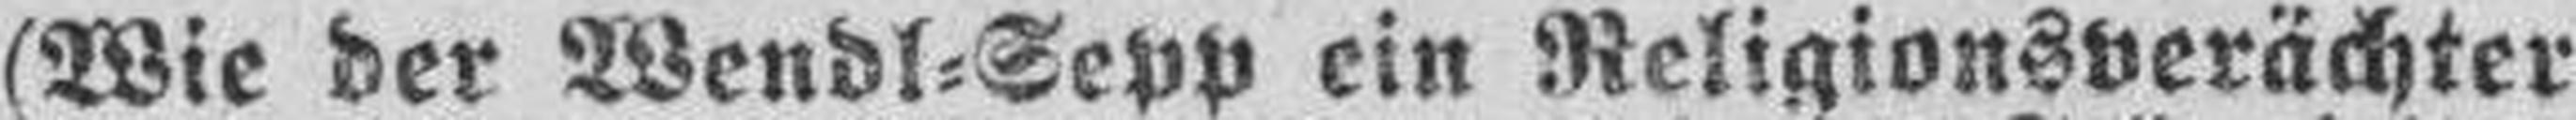
(Wie der Wendl=Sepp ein Religionsverächter